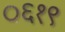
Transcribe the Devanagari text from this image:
०६१९